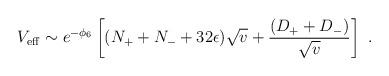
LaTeX: \begin{align*}V_{{\rm eff}} \sim e^{-\phi_6} \left[ (N_+ + N_- + 32\epsilon ) \sqrt{v} + \frac{(D_+ +D_-)}{\sqrt{v}} \right] \ .\end{align*}